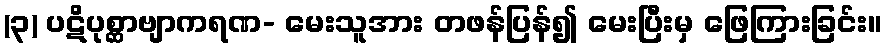
(၃) ပဋိပုစ္ဆာဗျာကရဏ- မေးသူအား တဖန်ပြန်၍ မေးပြီးမှ ဖြေကြားခြင်း။